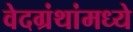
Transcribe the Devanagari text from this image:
वेदग्रंथांमध्ये